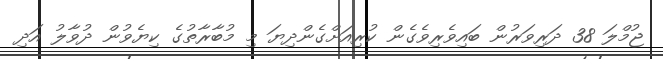
ޖުމްލަ 38 ދަރިވަރުން ބައިވެރިވެގެން ކުރިއަށްގެންދިޔަ މި މުބާރާތުގެ ކިޔެވުން ދުވާލު އަދި